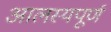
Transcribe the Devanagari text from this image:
आलस्यपूर्ण